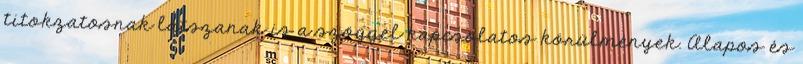
titokzatosnak látszanak is a szöggel kapcsolatos körülmények. Alapos és